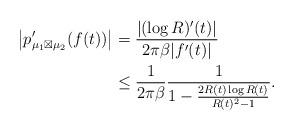
LaTeX: \begin{align*}\left|p_{\mu_{1}\boxtimes\mu_{2}}'(f(t))\right| & =\frac{|(\log R)'(t)|}{2\pi\beta|f'(t)|}\\ & \le\frac{1}{2\pi\beta}\frac{1}{1-\frac{2R(t)\log R(t)}{R(t)^{2}-1}}.\end{align*}